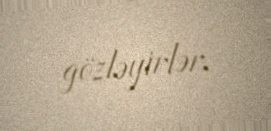
gözləyirlər.